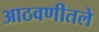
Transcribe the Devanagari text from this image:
आठवणीतले